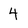
Character: 4